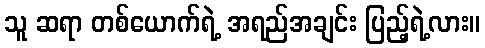
သူ ဆရာ တစ်ယောက်ရဲ့ အရည်အချင်း ပြည့်ရဲ့လား။